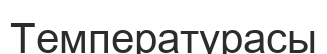
Температурасы